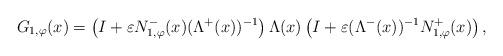
LaTeX: \begin{align*}G_{1, \varphi}(x) = \left(I + \varepsilon N_{1,\varphi}^{-}(x) (\Lambda^{+}(x))^{-1}\right) \Lambda(x) \left(I + \varepsilon (\Lambda^{-}(x))^{-1} N_{1,\varphi}^{+}(x)\right),\end{align*}